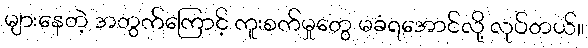
များနေတဲ့ အတွက်ကြောင့် ကူးစက်မှုတွေ မခံရအောင်လို့ လုပ်တယ်။